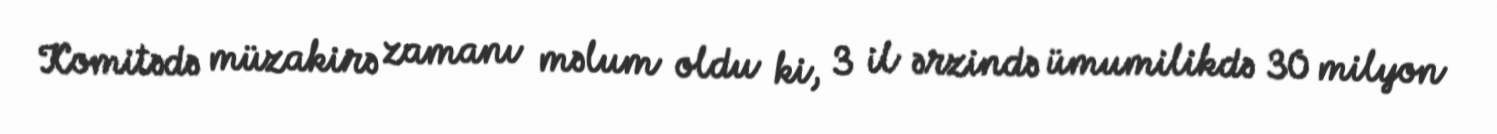
Komitədə müzakirə zamanı məlum oldu ki, 3 il ərzində ümumilikdə 30 milyon